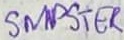
Text: SMPSTER